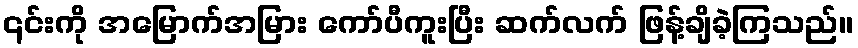
၎င်းကို အမြောက်အမြား ကော်ပီကူးပြီး ဆက်လက် ဖြန့်ချိခဲ့ကြသည်။